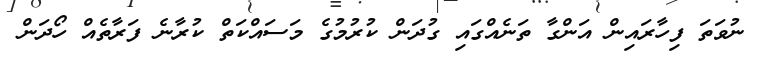
ނުވަތަ ފިހާރައިން އަންގާ ތަނެއްގައި ގުދަން ކުރުމުގެ މަސައްކަތް ކުރާނެ ފަރާތެއް ހޯދަން